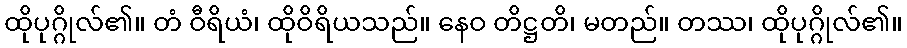
ထိုပုဂ္ဂိုလ်၏။ တံ ဝီရိယံ၊ ထိုဝိရိယသည်။ နေဝ တိဋ္ဌတိ၊ မတည်။ တဿ၊ ထိုပုဂ္ဂိုလ်၏။